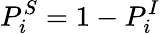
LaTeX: P_{i}^{S}=1-P_{i}^{I}